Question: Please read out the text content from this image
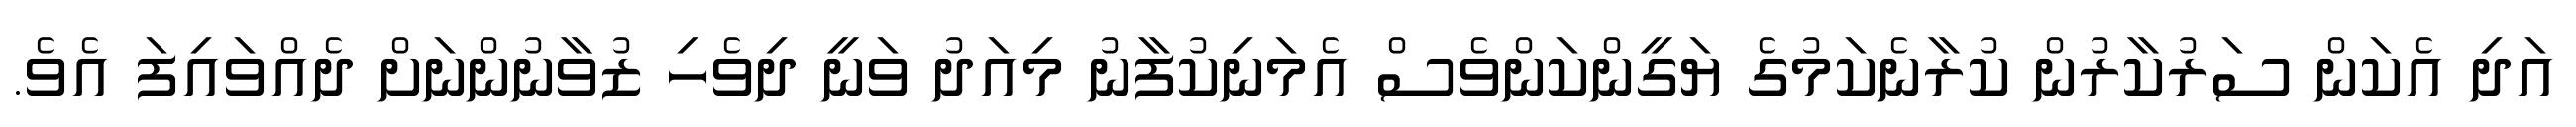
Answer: އަދި އެކަން ސަރުކާރުން ކުރާނެކަމުގެ ޔަގީންކަންވެސް އެމަނިކުފާނު މިއަދު ވަނީ ދިވެހި ޒުވާނުންނަށް ދެއްވައިފަ އެވެ.